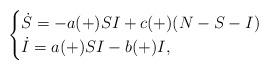
LaTeX: \begin{align*} \begin{cases} \dot S = -a(+)SI +c(+)(N-S-I)\\ \dot I = a(+)SI - b(+)I,\end{cases}\end{align*}